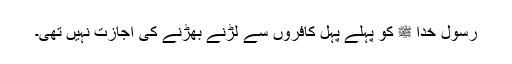
رسول خدا ﷺ کو پہلے پہل کافروں سے لڑنے بھڑنے کی اجازت نہیں تھی۔